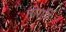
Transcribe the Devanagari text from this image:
तोगरि